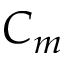
C _ { m }